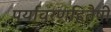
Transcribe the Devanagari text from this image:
पर्यावरणहितैषी